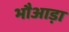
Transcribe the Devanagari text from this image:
भौआड़ा